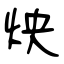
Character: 炴